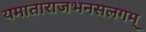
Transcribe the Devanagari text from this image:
यमाताराजभनसलगम्